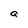
Character: a